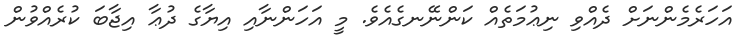
އަހަރެމެންނަށް ދެއްވި ނިޢުމަތެއް ކަންނޭނގެއެވެ. މީ އަހަންނާއި އިޔާގެ ދުޢާ އިޖާބަ ކުރެއްވުން